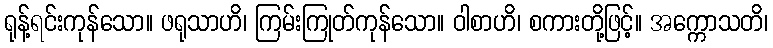
ရုန့်ရင်းကုန်သော။ ဖရုသာဟိ၊ ကြမ်းကြုတ်ကုန်သော။ ဝါစာဟိ၊ စကားတို့ဖြင့်။ အက္ကောသတိ၊